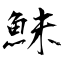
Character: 鮇